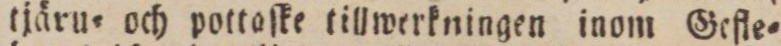
tjäru= och pottaſke tillwerkningen inom Gefle=